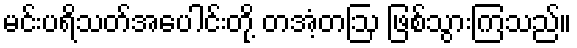
မင်းပရိသတ်အပေါင်းတို့ တအံ့တဩ ဖြစ်သွားကြသည်။